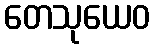
တေသုယေဝ